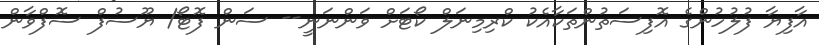
އާފިޔާ ފުލުހުންގެ އޮފިސަތުންތަކާއެކު ކްރިމިނަލް ކޯޓަށް ވަންނަނީ-- ސަން ފޮޓޯ/ ޔޫސުފް ސޮފްވާން